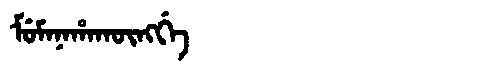
Manchu: ᠮᡠᠮᠠᠨᠠᡥᠠᡴᡡᠩᡤᡝ
Romanization: MUMANAHAKŪNGGE